Civil Veterinary Department. Madras. Admin. report 1926-33 - 1926-1933
Year: 1926
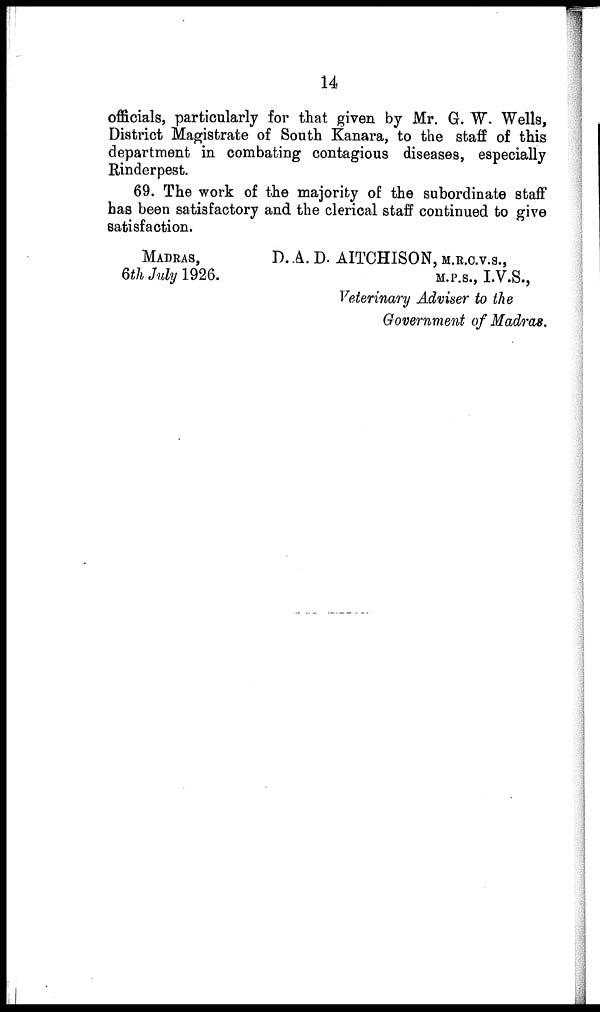
14
officials, particularly for that given by Mr. G. W. Wells,
District Magistrate of South Kanara, to the staff of this
department in combating contagious diseases, especially
Rinderpest.
69. The work of the majority of the subordinate staff
has been satisfactory and the clerical staff continued to give
satisfaction.
MADRAS,
6th July 1926.
D. A. D. AITCHISON, M.R.C.V.S.,
M.P.S., I.V.S.,
Veterinary Adviser to the
Government of Madras.